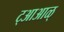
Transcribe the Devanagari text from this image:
ट्आआळ्